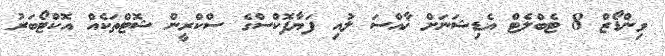
ވިންޑޯޒް 8 ޓެބްލެޓް އެޑިޝަނަށް ޚާއްސަ ލުއި ފަޔާފޮކްސްގެ ސްކްރީން ޝޮޓްތަކެއް އޮކްޓޯބަރު